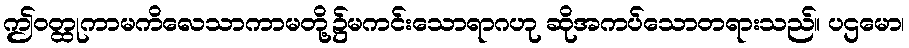
ဤဝတ္ထုကာမကိလေသာကာမတို့၌မကင်းသောရာဂဟု ဆိုအကပ်သောတရားသည်။ ပဌမော၊